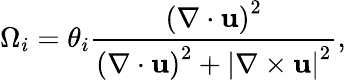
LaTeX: \Omega_{i}=\theta_{i}\frac{\left(\nabla\cdot\mathbf{u}\right)^{2}}{\left(\nabla\cdot\mathbf{u}\right)^{2}+\left|\nabla\times\mathbf{u}\right|^{2}},